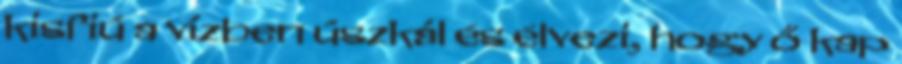
kisfiú a vízben úszkál és élvezi, hogy ő kap